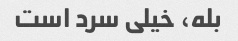
بله، خیلی سرد است